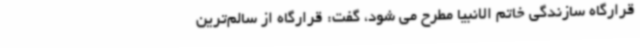
قرارگاه سازندگی خاتم الانبیا مطرح می شود، گفت: قرارگاه از سالم‌ترین